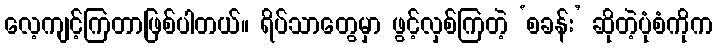
လေ့ကျင့်ကြတာဖြစ်ပါတယ်။ ရိပ်သာတွေမှာ ဖွင့်လှစ်ကြတဲ့ ‘စခန်း’ ဆိုတဲ့ပုံစံကိုက